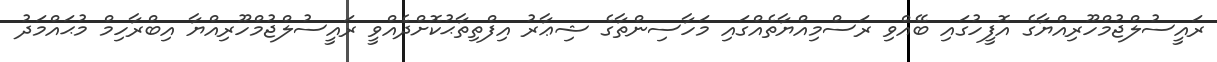
ރައީސުލްޖުމްހޫރިއްޔާގެ އޮފީހުގައި ބޭއްވި ރަސްމިއްޔާތެއްގައި މަހާސިންތާގެ ޝިޢާރު އިފްތިތާޙުކޮށްދެއްވީ ރައީސުލްޖުމްހޫރިއްޔާ އިބްރާހިމް މުޙައްމަދު